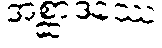
အစ္ဆာဒနဿ